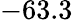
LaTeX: -63.3